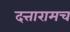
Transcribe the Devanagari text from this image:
दत्तारामच